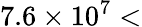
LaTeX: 7.6\times 10^{7}<